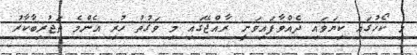
މި ކޯހުގައި ކިޔަވައި ދެއްވާފައިވަނީ ރާއްޖޭގައި މި ވަގުތު ހުރި އެންމެ ތަޖުރިބާކާރު